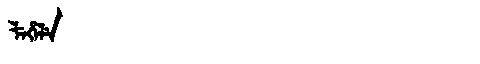
Manchu: ᠯᡝᡥᡝᠯᡝ
Romanization: LEHELE